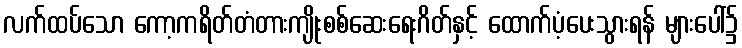
လက်ထပ်သော ကော့ကရိတ်တံတားကျိုးစစ်ဆေးရေးဂိတ်နှင့် ထောက်ပံ့ပေးသွားရန် များပေါ်၌